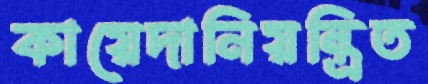
কায়েদানিয়ন্ত্রিত